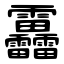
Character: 靐